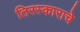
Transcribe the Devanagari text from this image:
तिरस्काराचे